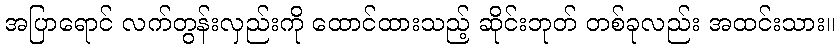
အပြာရောင် လက်တွန်းလှည်းကို ထောင်ထားသည့် ဆိုင်းဘုတ် တစ်ခုလည်း အထင်းသား။